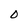
Character: 0